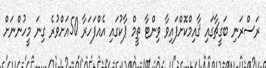
ރަސްރަނި ބަގީޗާގައި ޤާއިމްކޮށްފައިވާ ވިންޓާ ތީމް ޕާކުގައި އެއްފަހަރާ 50އަށްވުރެ ގިނަ މީހުންނަށް